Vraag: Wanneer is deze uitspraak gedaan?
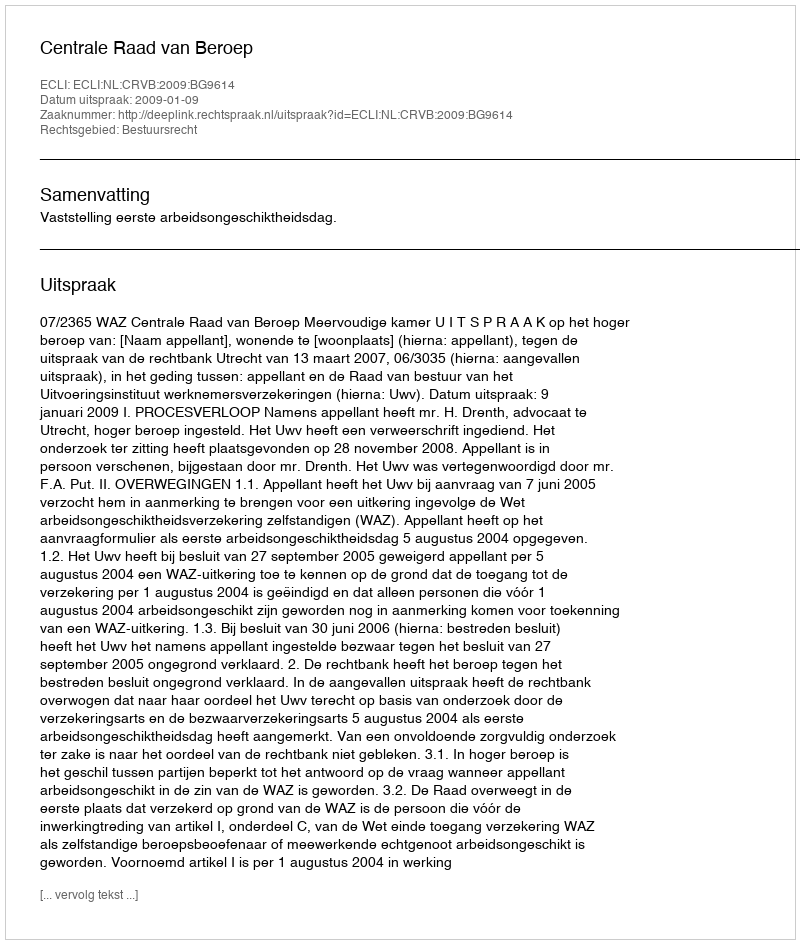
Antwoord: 2009-01-09